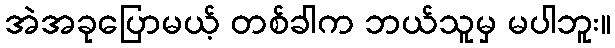
အဲအခုပြောမယ့် တစ်ခါက ဘယ်သူမှ မပါဘူး။